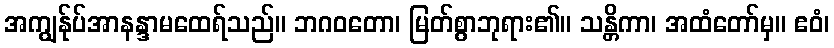
အကျွန်ုပ်အာနန္ဒာမထေရ်သည်။ ဘဂဝတော၊ မြတ်စွာဘုရား၏။ သန္တိကာ၊ အထံတော်မှ။ ဧဝံ၊